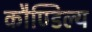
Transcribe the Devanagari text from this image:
कौण्डिल्य